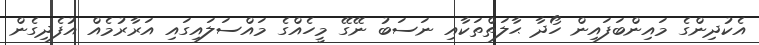
އެކުދިންގެ މައިންބަފައިން ހޯދާ ޙާލަތްތަކާއި ނަސަބު ނޭގޭ މީހެއްގެ މައްސަލައިގައި އަރާރުމެއް އުފެދިގެން